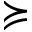
\succcurlyeq